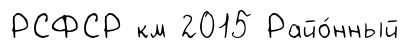
РСФСР км 2015 Райо́нный